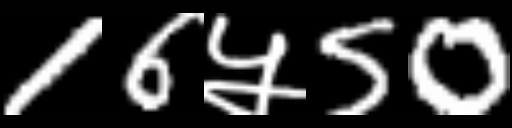
Text: 16५50